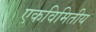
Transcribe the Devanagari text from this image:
एकविमितीय